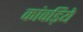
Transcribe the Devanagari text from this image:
कांवड़िये